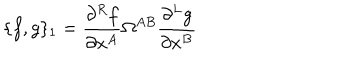
LaTeX: \{ f , g \} _ { 1 } = \frac { \partial ^ { R } f } { \partial x ^ { A } } \Omega ^ { A B } \frac { \partial ^ { L } g } { \partial x ^ { B } }